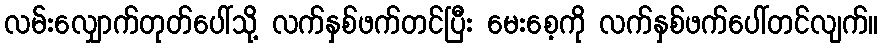
လမ်းလျှောက်တုတ်ပေါ်သို့ လက်နှစ်ဖက်တင်ပြီး မေးစေ့ကို လက်နှစ်ဖက်ပေါ်တင်လျက်။